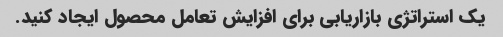
یک استراتژی بازاریابی برای افزایش تعامل محصول ایجاد کنید.